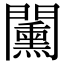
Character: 𨷔